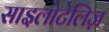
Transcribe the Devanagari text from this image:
साइलोटेलिज़